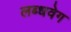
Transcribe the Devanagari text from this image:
लब्धवेग